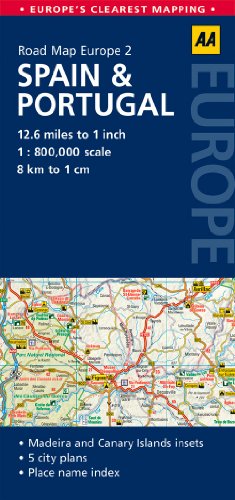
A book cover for Road Map Spain & Portugal (Road Map Europe); AA Publishing; Travel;